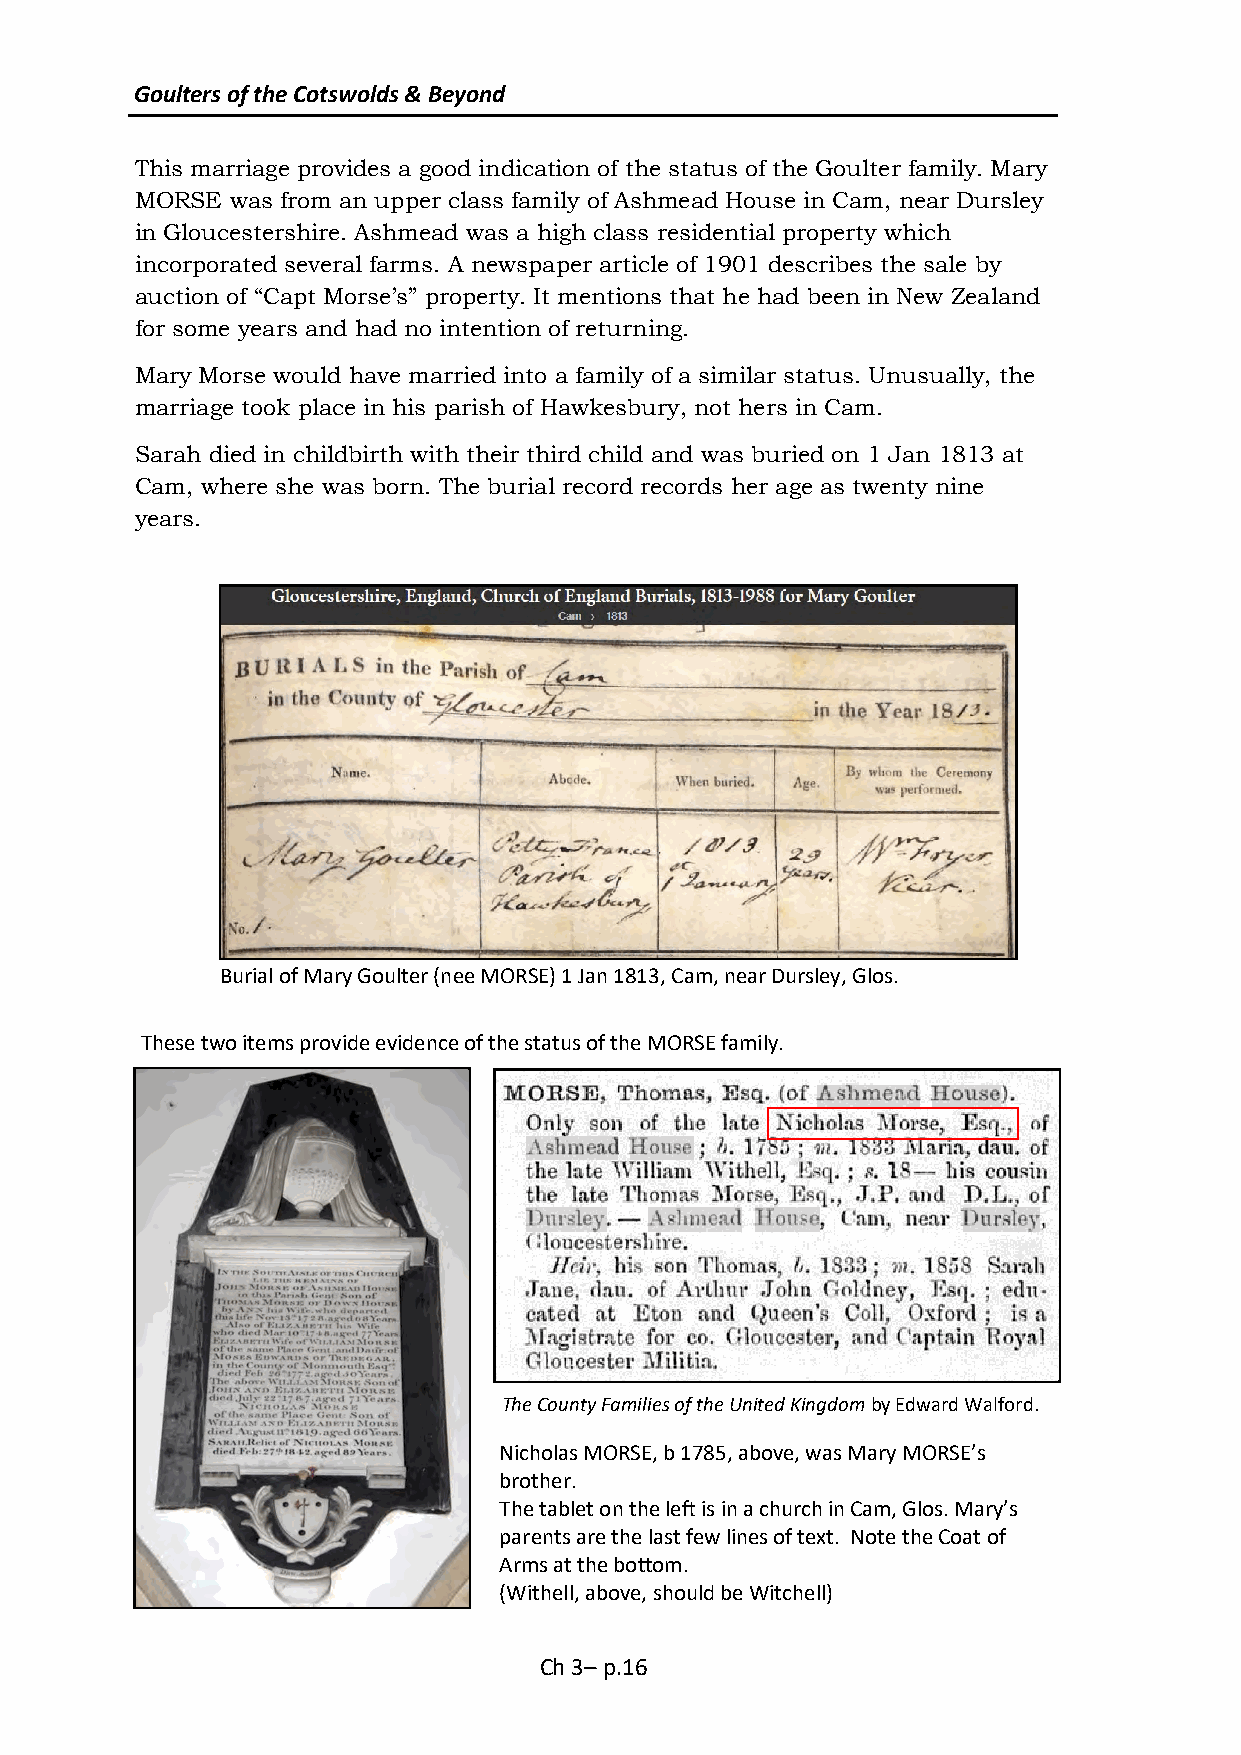
Goulters of the Cotswolds & Beyond
 This marriage provides a good indication of the status of the Goulter family. Mary
 MORSE was from an upper class family of Ashmead House in Cam, near Dursley
 in Gloucestershire. Ashmead was a high class residential property which
 incorporated several farms. A newspaper article of 1901 describes the sale by
 auction of “Capt Morse’s” property. It mentions that he had been in New Zealand
 for some years and had no intention of returning.
 Mary Morse would have married into a family of a similar status. Unusually, the
 marriage took place in his parish of Hawkesbury, not hers in Cam.
 Sarah died in childbirth with their third child and was buried on 1 Jan 1813 at
 Cam, where she was born. The burial record records her age as twenty nine
 years.
 Burial of Mary Goulter (nee MORSE) 1 Jan 1813, Cam, near Dursley, Glos.
 These two items provide evidence of the status of the MORSE family.
 The County Families of the United Kingdom by Edward Walford.
 Nicholas MORSE, b 1785, above, was Mary MORSE’s
 brother.
 The tablet on the left is in a church in Cam, Glos. Mary’s
 parents are the last few lines of text. Note the Coat of
 Arms at the bottom.
 (Withell, above, should be Witchell)
 Ch 3– p.16